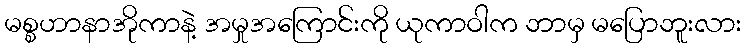
မစ္စဟာနာအိုကာနဲ့ အမှုအကြောင်းကို ယုကာဝါက ဘာမှ မပြောဘူးလား